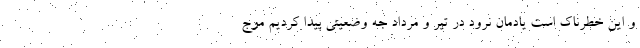
و این خطرناک است یادمان نرود در تیر و مرداد جه وضعیتی پیدا کردیم موج